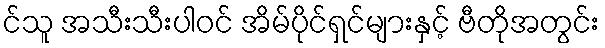
င်သူ အသီးသီးပါဝင် အိမ်ပိုင်ရှင်များနှင့် ဗီတိုအတွင်း